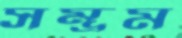
সম্ভ্রম